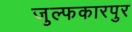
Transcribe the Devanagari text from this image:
जुल्फकारपुर